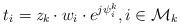
LaTeX: \begin{align*}t_i = {\it{z}}_k \cdot w_{i} \cdot e^{j\psi_i^k}, i \in{\cal M}_k\end{align*}